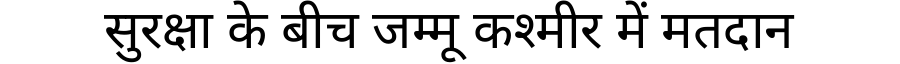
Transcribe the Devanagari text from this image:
सुरक्षा के बीच जम्मू कश्मीर में मतदान